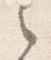
之